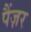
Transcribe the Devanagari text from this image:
पैंज़र